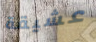
عشيقة